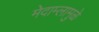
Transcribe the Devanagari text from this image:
मेदाम्लामुळे